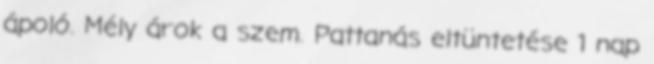
ápoló. Mély árok a szem. Pattanás eltüntetése 1 nap